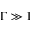
\Gamma \gg 1